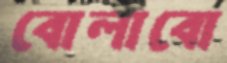
বোলাবো